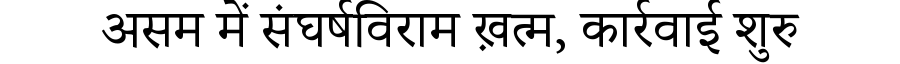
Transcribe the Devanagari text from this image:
असम में संघर्षविराम ख़त्म, कार्रवाई शुरु